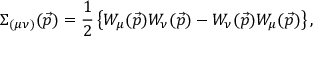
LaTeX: \Sigma _ { ( \mu \nu ) } ( \vec { p } ) = \frac { 1 } { 2 } \left\{ W _ { \mu } ( \vec { p } ) W _ { \nu } ( \vec { p } ) - W _ { \nu } ( \vec { p } ) W _ { \mu } ( \vec { p } ) \right\} ,